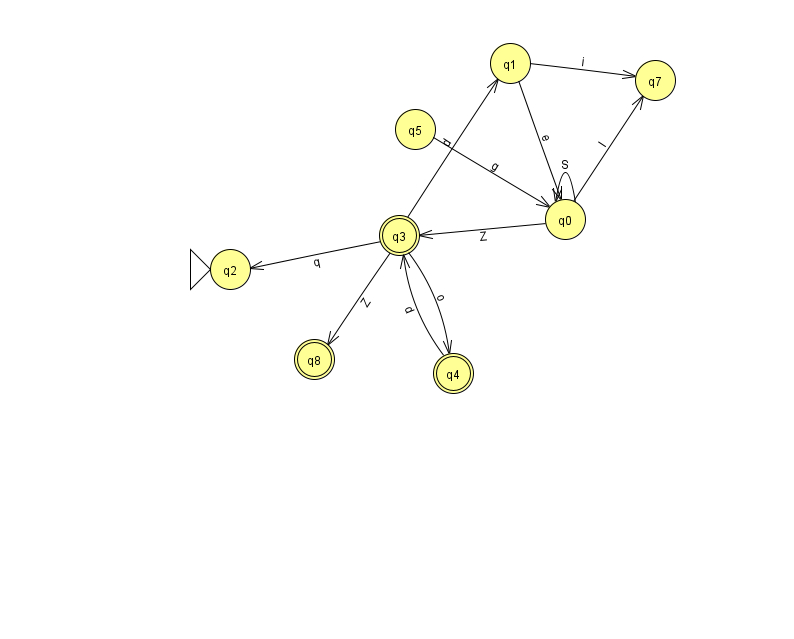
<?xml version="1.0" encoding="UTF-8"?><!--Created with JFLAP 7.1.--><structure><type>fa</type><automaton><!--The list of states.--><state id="0" name="q0"><x>565.0</x><y>206.0</y></state><state id="1" name="q1"><x>510.0</x><y>50.0</y></state><state id="2" name="q2"><x>230.0</x><y>256.0</y><initial/></state><state id="3" name="q3"><x>399.0</x><y>222.0</y><final/></state><state id="4" name="q4"><x>453.0</x><y>360.0</y><final/></state><state id="5" name="q5"><x>415.0</x><y>116.0</y></state><state id="7" name="q7"><x>655.0</x><y>67.0</y></state><state id="8" name="q8"><x>314.0</x><y>346.0</y><final/></state><!--The list of transitions.--><transition><from>0</from><to>7</to><read>l</read></transition><transition><from>0</from><to>0</to><read>S</read></transition><transition><from>3</from><to>2</to><read>q</read></transition><transition><from>4</from><to>3</to><read>d</read></transition><transition><from>3</from><to>8</to><read>Z</read></transition><transition><from>0</from><to>3</to><read>Z</read></transition><transition><from>5</from><to>0</to><read>g</read></transition><transition><from>1</from><to>0</to><read>e</read></transition><transition><from>3</from><to>1</to><read>d</read></transition><transition><from>3</from><to>4</to><read>o</read></transition><transition><from>1</from><to>7</to><read>i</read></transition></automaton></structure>